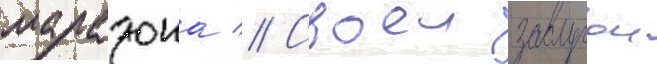
марадона // Своеи заслугои